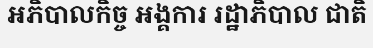
អភិបាលកិច្ច អង្គការ រដ្ឋាភិបាល ជាតិ